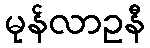
မုန်လာဥနီ